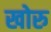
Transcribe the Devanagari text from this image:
खोरु